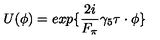
U ( \phi ) = e x p \{ \frac { 2 i } { F _ { \pi } } \gamma _ { 5 } \mathrm { \boldmath \tau } \cdot \mathrm { \boldmath \phi } \}